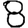
Digit: 8